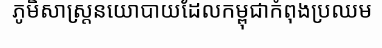
ភូមិសាស្ត្រនយោបាយដែលកម្ពុជាកំពុងប្រឈម